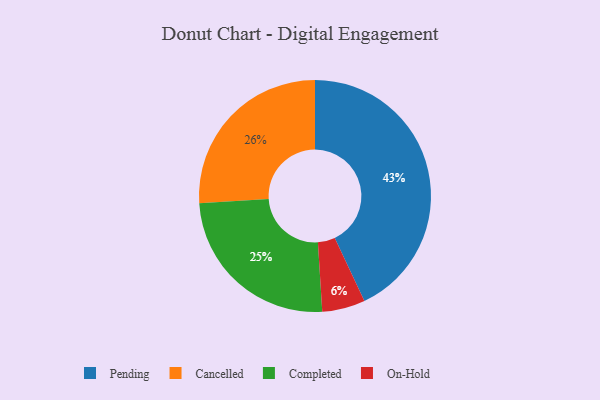
{"axis": {"x": "Category", "y": "Percentage"}, "legend": ["Cancelled", "Completed", "On-Hold", "Pending"], "data": [{"x": "Completed", "y": 25, "type": "Completed"}, {"x": "On-Hold", "y": 6, "type": "On-Hold"}, {"x": "Cancelled", "y": 26, "type": "Cancelled"}, {"x": "Pending", "y": 43, "type": "Pending"}]}